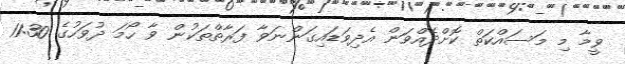
ވީމާ މި މަސައްކަތް ކޮށްދެއްވަން އެދިވަޑައިގަންނަވާ ފަރާތްތަކުން ވާ ހޯމަ ދުވަހުގެ 11:30